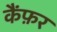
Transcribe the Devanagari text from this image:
कैंफ़र